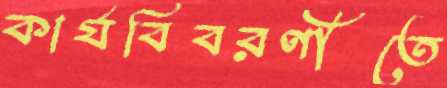
কার্যবিবরণীতে